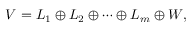
V = L _ { 1 } \oplus L _ { 2 } \oplus \cdots \oplus L _ { m } \oplus W ,